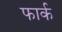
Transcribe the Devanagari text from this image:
फार्क